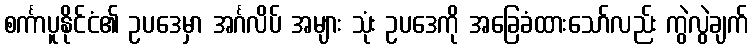
စင်္ကာပူနိုင်ငံ၏ ဥပဒေမှာ အင်္ဂလိပ် အများ သုံး ဥပဒေကို အခြေခံထားသော်လည်း ကွဲလွဲချက်